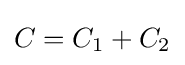
C=C_{1}+C_{2}